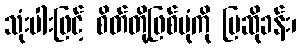
သုံးပါးဖြင့် စိတ်တို့ဖြစ်ပုံကို ပြဆိုခန်း၊